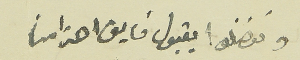
وتفضلوا بقبول فايق احترامنا